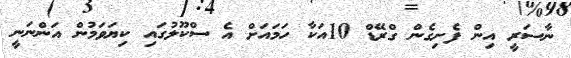
ނާސަރީ އިން ފެށިގެން ގްރޭޑް 10އަކާ ހަމައަށް އެ ސްކޫލުގައި ކިޔަވަމުން އަންނަނީ